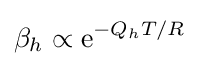
\beta _{h}\propto {\mbox{e}}^{-Q_{h}T/R}